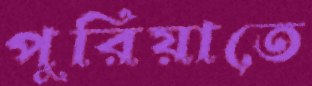
পুরিয়াতে